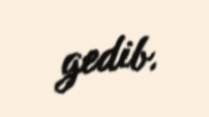
gedib.